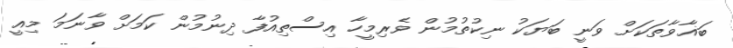
ބަޣާވާތަކަށް ވަނީ ބަޔަކު ނިކުތުމުން ވެރިމީހާ އިސްތިއުފާ ދިނުމުން ކަމަށް ވާނަމަ މިއީ